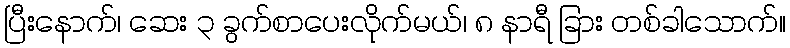
ပြီးနောက်၊ ဆေး ၃ ခွက်စာပေးလိုက်မယ်၊ ၈ နာရီ ခြား တစ်ခါသောက်။